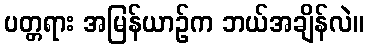
ပတ္တရား အမြန်ယာဉ်က ဘယ်အချိန်လဲ။